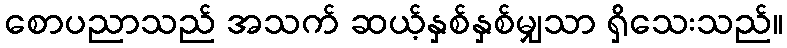
စောပညာသည် အသက် ဆယ့်နှစ်နှစ်မျှသာ ရှိသေးသည်။